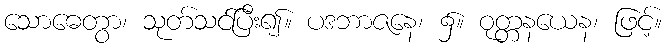
သောဓေတွာ၊ သုတ်သင်ပြီး၍။ ပဒဘာဇနေ၊ ၌။ ဝုတ္တနယေန၊ ဖြင့်။